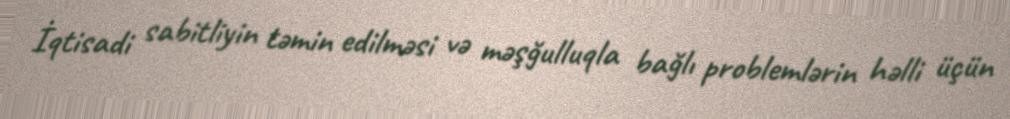
İqtisadi sabitliyin təmin edilməsi və məşğulluqla bağlı problemlərin həlli üçün